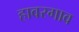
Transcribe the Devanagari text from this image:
हावरगाव